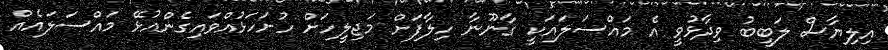
އިލިޔާސް ލަބީބު ވިދާޅުވީ އެ މައްސަލައަކީ ގާނޫނާ ހިލާފަށް މަޖިލީހަށް ހުށަހަޅުއްވައިގެންއުޅޭ މައްސަލައެއް